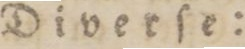
Diverſe: